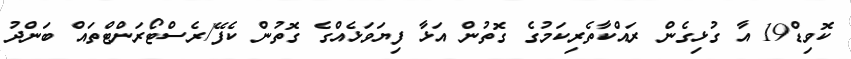
ކޮވިޑް19 އާ ގުޅިގެން ރައްކާތެރިކަމުގެ ގޮތުން އަޅާ ފިޔަވަޅެއްގެ ގޮތުން ކެފޭ/ރެސްޓޯރަންޓްތައް ބަންދު